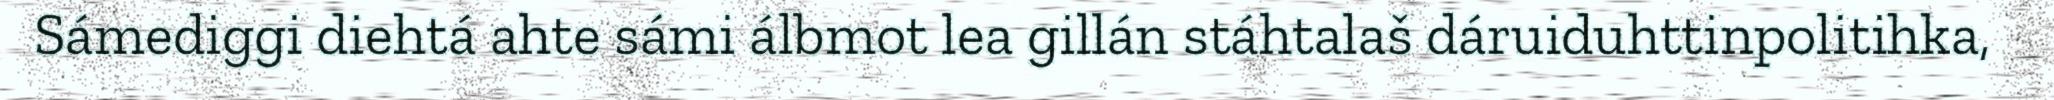
Sámediggi diehtá ahte sámi álbmot lea gillán stáhtalaš dáruiduhttinpolitihka,